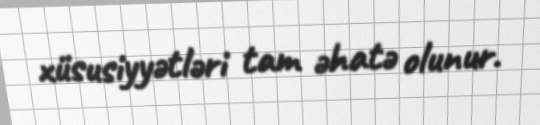
xüsusiyyətləri tam əhatə olunur.